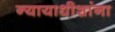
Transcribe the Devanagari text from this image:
न्यायाधीशांना